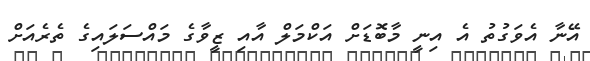
އޭނާ އެވަގުތު އެ އިނީ މާބޮޑަށް އަކްމަލް އާއި ޒީވާގެ މައްސަލައިގެ ތެރެއަށް